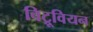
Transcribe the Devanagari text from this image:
विट्रूवियन